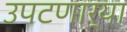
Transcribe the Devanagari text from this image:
उपटणार्‍या